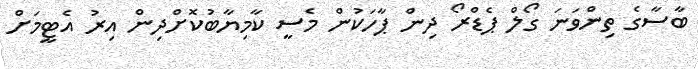
ބާސާގެ ތިންވަނަ ގޯލް ޕެޑްރޯ ދިން ޕާހަކުން މެސީ ކާމިޔާބުކޮށްދިން އިރު އެޓީމަށް